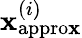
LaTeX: \mathbf{x}_{\mathrm{{appro\mathbf{x}}}}^{(i)}